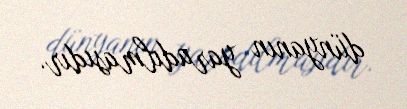
dünyanın yaradılmasıdır.